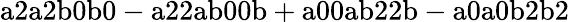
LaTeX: \mathrm{a2a2b0b0-a22ab00b+a00ab22b-a0a0b2b2}